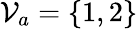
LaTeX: \mathcal{V}_{a}=\{ 1,2\}